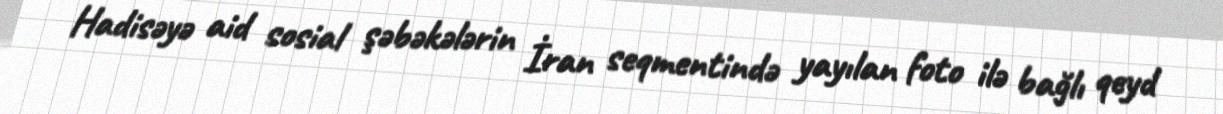
Hadisəyə aid sosial şəbəkələrin İran seqmentində yayılan foto ilə bağlı qeyd